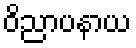
ဝိညာပနာယ